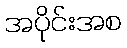
အပိုင်းအစ